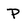
Character: P